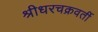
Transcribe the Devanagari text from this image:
श्रीधरचक्रवर्ती